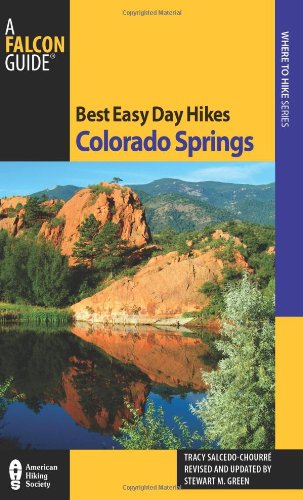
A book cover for Best Easy Day Hikes Colorado Springs (Best Easy Day Hikes Series); Stewart M. Green; Travel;